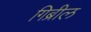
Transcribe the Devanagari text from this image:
गिब्रील